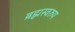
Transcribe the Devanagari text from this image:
ब्रह्मस्वरुप